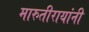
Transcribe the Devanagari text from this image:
मारुतीरायांनी